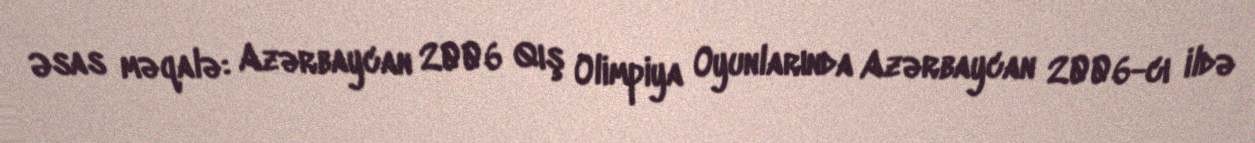
Əsas məqalə: Azərbaycan 2006 Qış Olimpiya Oyunlarında Azərbaycan 2006-cı ildə